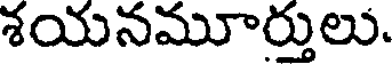
శయనమూర్తులు.